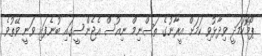
ޕޯމޮހަމަދީ ވިދާޅުވި ކަމަށް އީރާނުގެ ތަސްނިމް ނިއުސް އެޖެންސީގައި ބުނެފައި ވަނީ ވޭތުވެ